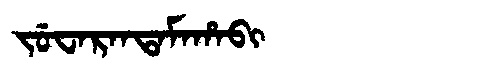
Manchu: ᠵᡠᠸᠠᡵᠠᠨᡨᠠᠮᠠᡥᠠᠪᡳ
Romanization: JUWARANTAMAHABI